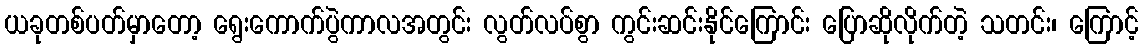
ယခုတစ်ပတ်မှာတော့ ရွေးကောက်ပွဲကာလအတွင်း လွတ်လပ်စွာ ကွင်းဆင်းနိုင်ကြောင်း ပြောဆိုလိုက်တဲ့ သတင်း၊ ကြောင့်